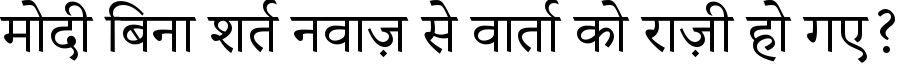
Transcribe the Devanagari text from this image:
मोदी बिना शर्त नवाज़ से वार्ता को राज़ी हो गए?